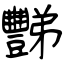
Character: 豒